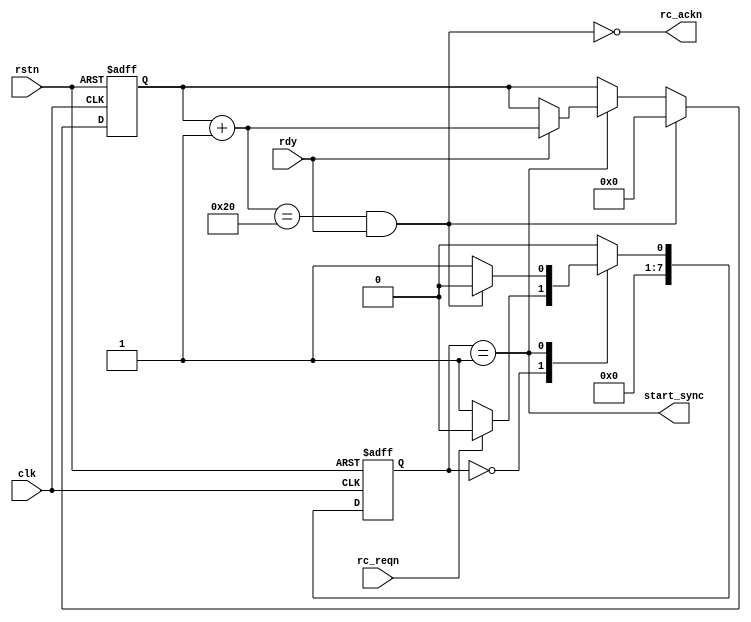
module pipeline_sync
#(parameter
	C_SYNCCNT = 32
)
(
	input       clk       ,
	input       rstn      ,

	//-- to/from core----
	input                         rdy           ,
	output                        start_sync    ,

	//-- to/from reconfiguration controller----
	input       rc_reqn,
	output      rc_ackn
);

	localparam [1:0]
		IDLE = 4'd0,
		SYNC = 4'd1;
		
	reg [7:0] state_c, state_n;
	reg [31:0] synccnt; 
	wire is_end_sync;
	
//-------------------------------------------------------------------
// Main FSM
//-------------------------------------------------------------------
	
	always @(posedge clk or negedge rstn) begin
		if (~rstn)
			state_c <= IDLE;
		else
			state_c <= state_n;
	end
	
	always @(*) begin
		case (state_c)
			IDLE: begin state_n = (~rc_reqn)? SYNC: IDLE; end
			SYNC: begin state_n = (is_end_sync)? IDLE: SYNC; end
			default: begin state_n = IDLE; end
		endcase
	end
	
	assign start_sync = (state_c==SYNC);
	
//-------------------------------------------------------------------
// Pipeline_Sync Counter
//-------------------------------------------------------------------
	
	always @(posedge clk or negedge rstn) begin
		if (~rstn) begin
			synccnt <= 32'h0;
		end else begin
			if (is_end_sync) begin
				synccnt <= 32'h0;
			end else if (state_c==SYNC) begin
				if (rdy)
					synccnt <= synccnt+1'b1;
			end
		end
	end
	assign is_end_sync = ((synccnt+1'b1 == C_SYNCCNT) & rdy);
	assign rc_ackn = ~((synccnt+1'b1 == C_SYNCCNT) & rdy); // ~is_end_sync
	
endmodule